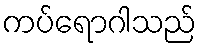
ကပ်ရောဂါသည်